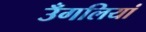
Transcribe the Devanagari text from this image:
उँगलियां